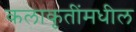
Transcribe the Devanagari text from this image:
कलाकृतींमधील